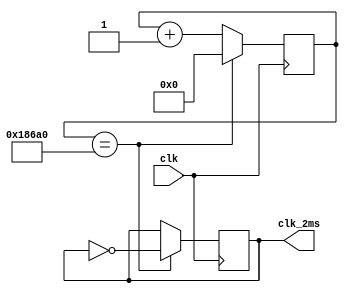
`timescale 1ns / 1ps

module mydiv_2ms(clk,clk_2ms);
    input clk;
    output reg clk_2ms;
    reg[31:0] cnt=0;

    always@(posedge clk)
    begin
        if (cnt == 100000)
        begin
            clk_2ms = ~clk_2ms;
            cnt = 0;
        end
        else
            cnt = cnt + 1'b1;
    end
endmodule